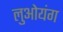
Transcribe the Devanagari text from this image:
लुओयंग